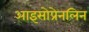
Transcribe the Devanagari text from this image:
आइसोप्रेनलिन